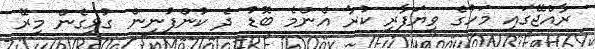
ރާއްޖޭގައި މަހުގެ ވިޔަފާރި ކުރާ އެންމެ ބޮޑު ދެ ކުންފުނިން ގުޅިގެން މިރޭ